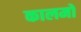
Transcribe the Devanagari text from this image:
कालमों